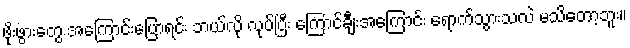
ဖိုးဖွားတွေ အကြောင်းပြောရင်း ဘယ်လို လုပ်ပြီး ကြောင်ချီးအကြောင်း ရောက်သွားသလဲ မသိတော့ဘူး။